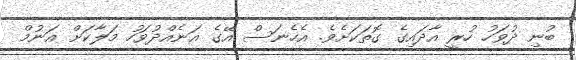
ބުނި ދުވަހު ހުރީ އާދައިގެ ގޮތަކަށެވެ. އެހެނަސް އޭގެ އަނެއްދުވަހު މަލާކަށް އަނުމް